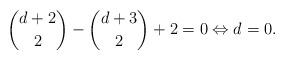
LaTeX: \begin{align*}\binom{d+2}{2} - \binom{d+3}{2} +2 = 0 \Leftrightarrow d = 0.\end{align*}